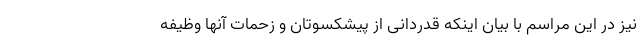
نیز در این مراسم با بیان اینکه قدردانی از پیشکسوتان و زحمات آنها وظیفه